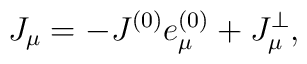
J_{\mu}=-J^{(0)}e^{(0)}_{\mu}+J^{\bot}_{\mu},